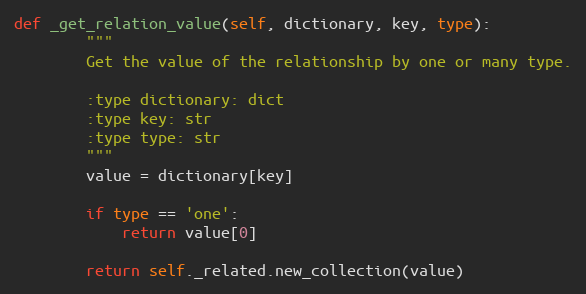
Language: Python
def _get_relation_value(self, dictionary, key, type):
        """
        Get the value of the relationship by one or many type.

        :type dictionary: dict
        :type key: str
        :type type: str
        """
        value = dictionary[key]

        if type == 'one':
            return value[0]

        return self._related.new_collection(value)